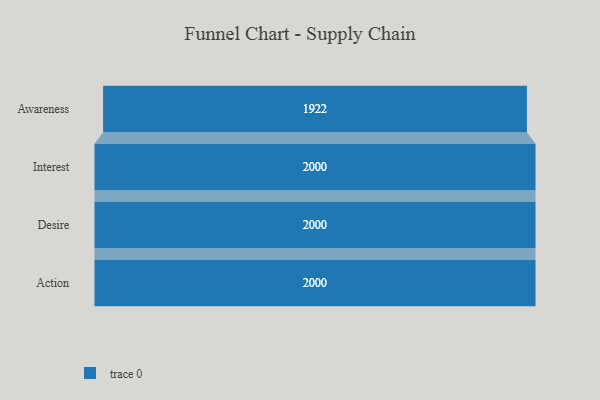
{"axis": {"x": "Stage", "y": "Value"}, "legend": [""], "data": [{"x": "Awareness", "y": 1922.0, "type": ""}, {"x": "Interest", "y": 2000, "type": ""}, {"x": "Desire", "y": 2000, "type": ""}, {"x": "Action", "y": 2000, "type": ""}]}